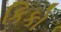
કિકો